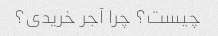
چیست؟ چرا آجر خریدی؟